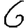
Digit: 6